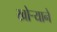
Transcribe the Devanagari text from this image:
खोऱ्याने